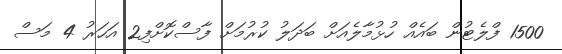
1500 ފްލެޓުން ބައެއް ހުޅުމާލެއަށް ބަދަލު ކުރުމަށް ފާސްކޮށްފި2 އަހަރު 4 މަސް